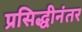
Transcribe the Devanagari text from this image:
प्रसिद्धीनंतर